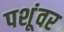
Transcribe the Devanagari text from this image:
पशूंवर